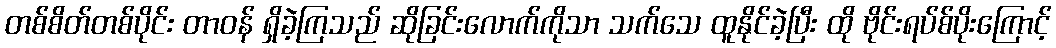
တစ်စိတ်တစ်ပိုင်း တာဝန် ရှိခဲ့ကြသည် ဆိုခြင်းလောက်ကိုသာ သက်သေ ထူနိုင်ခဲ့ပြီး ထို ဗိုင်းရပ်စ်ပိုးကြောင့်